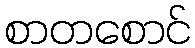
စာတစောင်